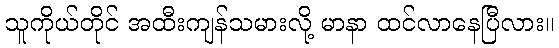
သူကိုယ်တိုင် အထီးကျန်သမားလို့ မာနာ ထင်လာနေပြီလား။